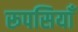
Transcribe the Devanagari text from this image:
रूपसियाँ